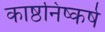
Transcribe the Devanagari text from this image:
काष्ठनिष्कर्ष